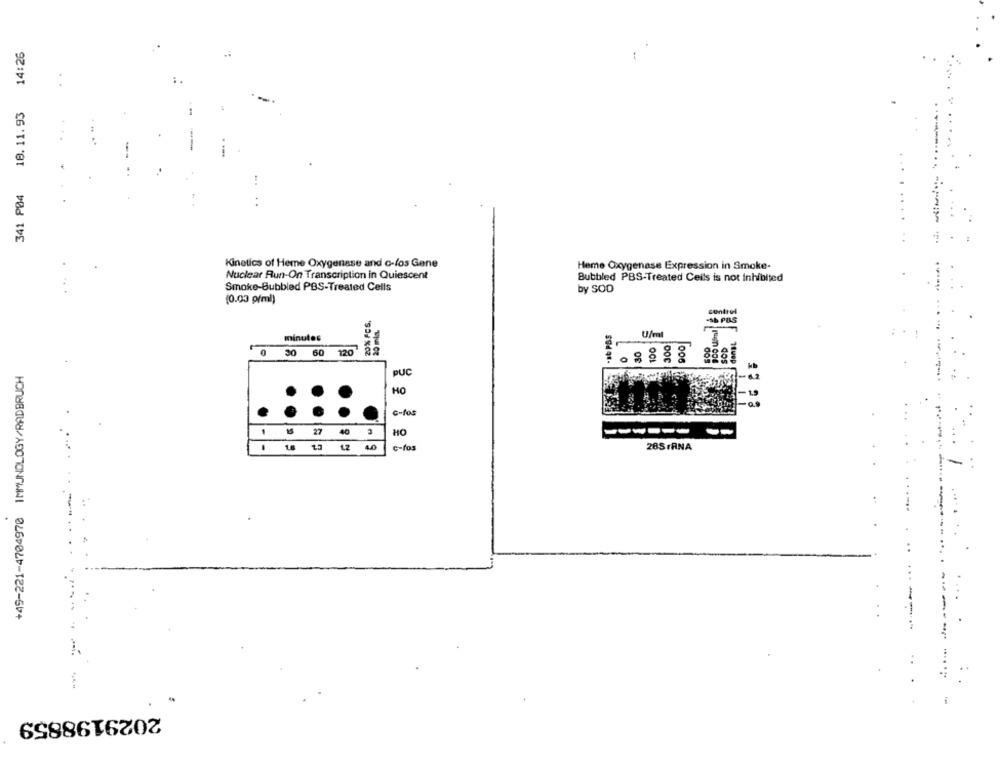
14:26
18.11.93
341 P04
Kinetics of Heme Oxygenase and o-fos Gene
Heme Oxygenase Expression in Smoke-
Nuclear Run-On Transcription in Quiescent
Bubbled PBS-Treated Ceils is not Inhibited
Smoke-Bubbled PBS-Treated Cells
by SOD
(0.03 g/ml)
20% PCS,
centro
20 mla.
-16 POS
minutes
U/ml
30
100
3001
SOD
0 30 60 120
+49-221-4704970 IMMUNOLOGY/RADBRUCH
PUC
HO
-19
-a
c-fos
27
40
HO
------
--
1.2
4.0
c-fos
28SFRNA
....
....
2029198859